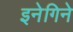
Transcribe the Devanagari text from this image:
इनेगिने